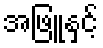
အဖြူနှင့်